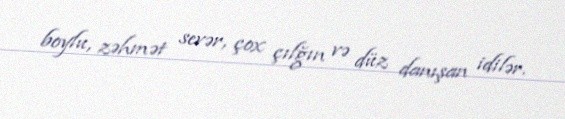
boylu, zəhmət sevər, çox çılğın və düz danışan idilər.